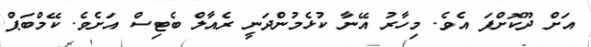
އަށް ދޫކޮށްފަ އެވެ. މިހާރު އޭނާ ކުޅެމުންދަނީ ރެއާލް ބެޓިސް އަށެވެ. ކޭމްބަޕް